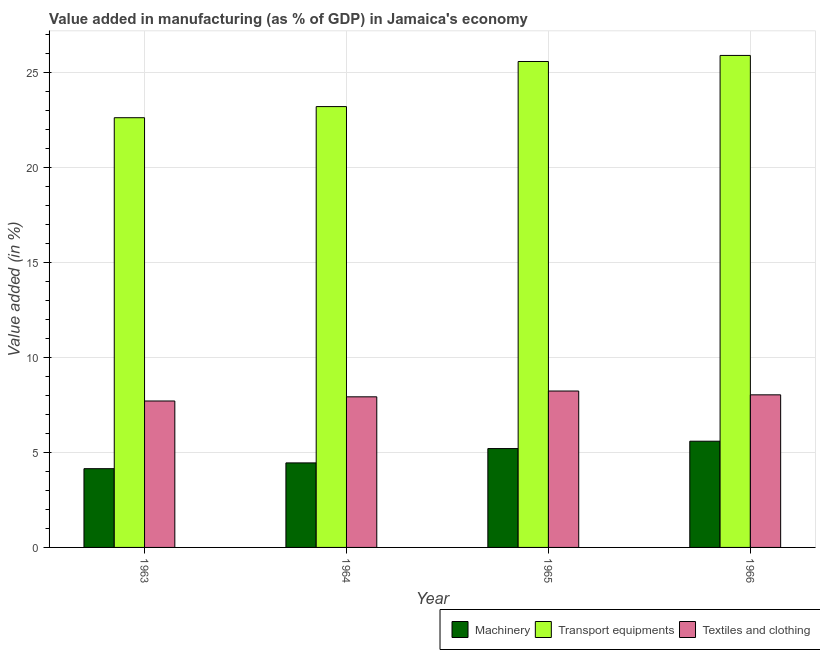
| Year | Machinery | Transport equipments | Textiles and clothing |
 | --- | --- | --- | --- |
 | 1963 | 4.15 | 22.6 | 7.71 |
 | 1964 | 4.45 | 23.2 | 7.93 |
 | 1965 | 5.2 | 25.6 | 8.23 |
 | 1966 | 5.59 | 25.9 | 8.03 |